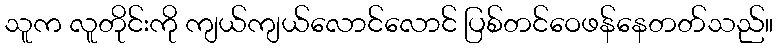
သူက လူတိုင်းကို ကျယ်ကျယ်လောင်လောင် ပြစ်တင်ဝေဖန်နေတတ်သည်။